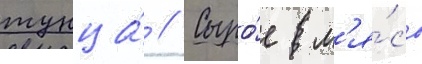
тунца́ // Сыро́е м'я́со